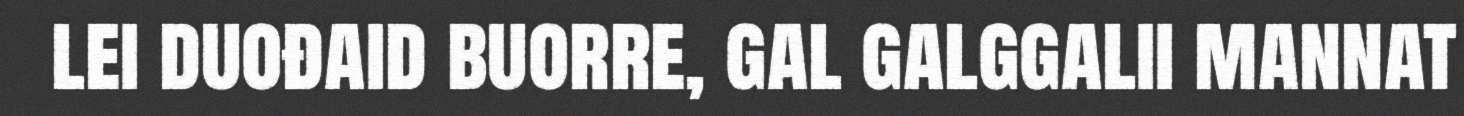
lei duođaid buorre, gal galggalii mannat